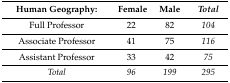
<table><thead><tr><td><b>Human Geography:</b></td><td><b>Female</b></td><td><b>Male</b></td><td><b><i>Total</i></b></td></tr></thead><tbody><tr><td>Full Professor</td><td>22</td><td>82</td><td><i>104</i></td></tr><tr><td>Associate Professor</td><td>41</td><td>75</td><td><i>116</i></td></tr><tr><td>Assistant Professor</td><td>33</td><td>42</td><td><i>75</i></td></tr><tr><td><i>Total</i></td><td><i>96</i></td><td><i>199</i></td><td><i>295</i></td></tr></tbody></table>